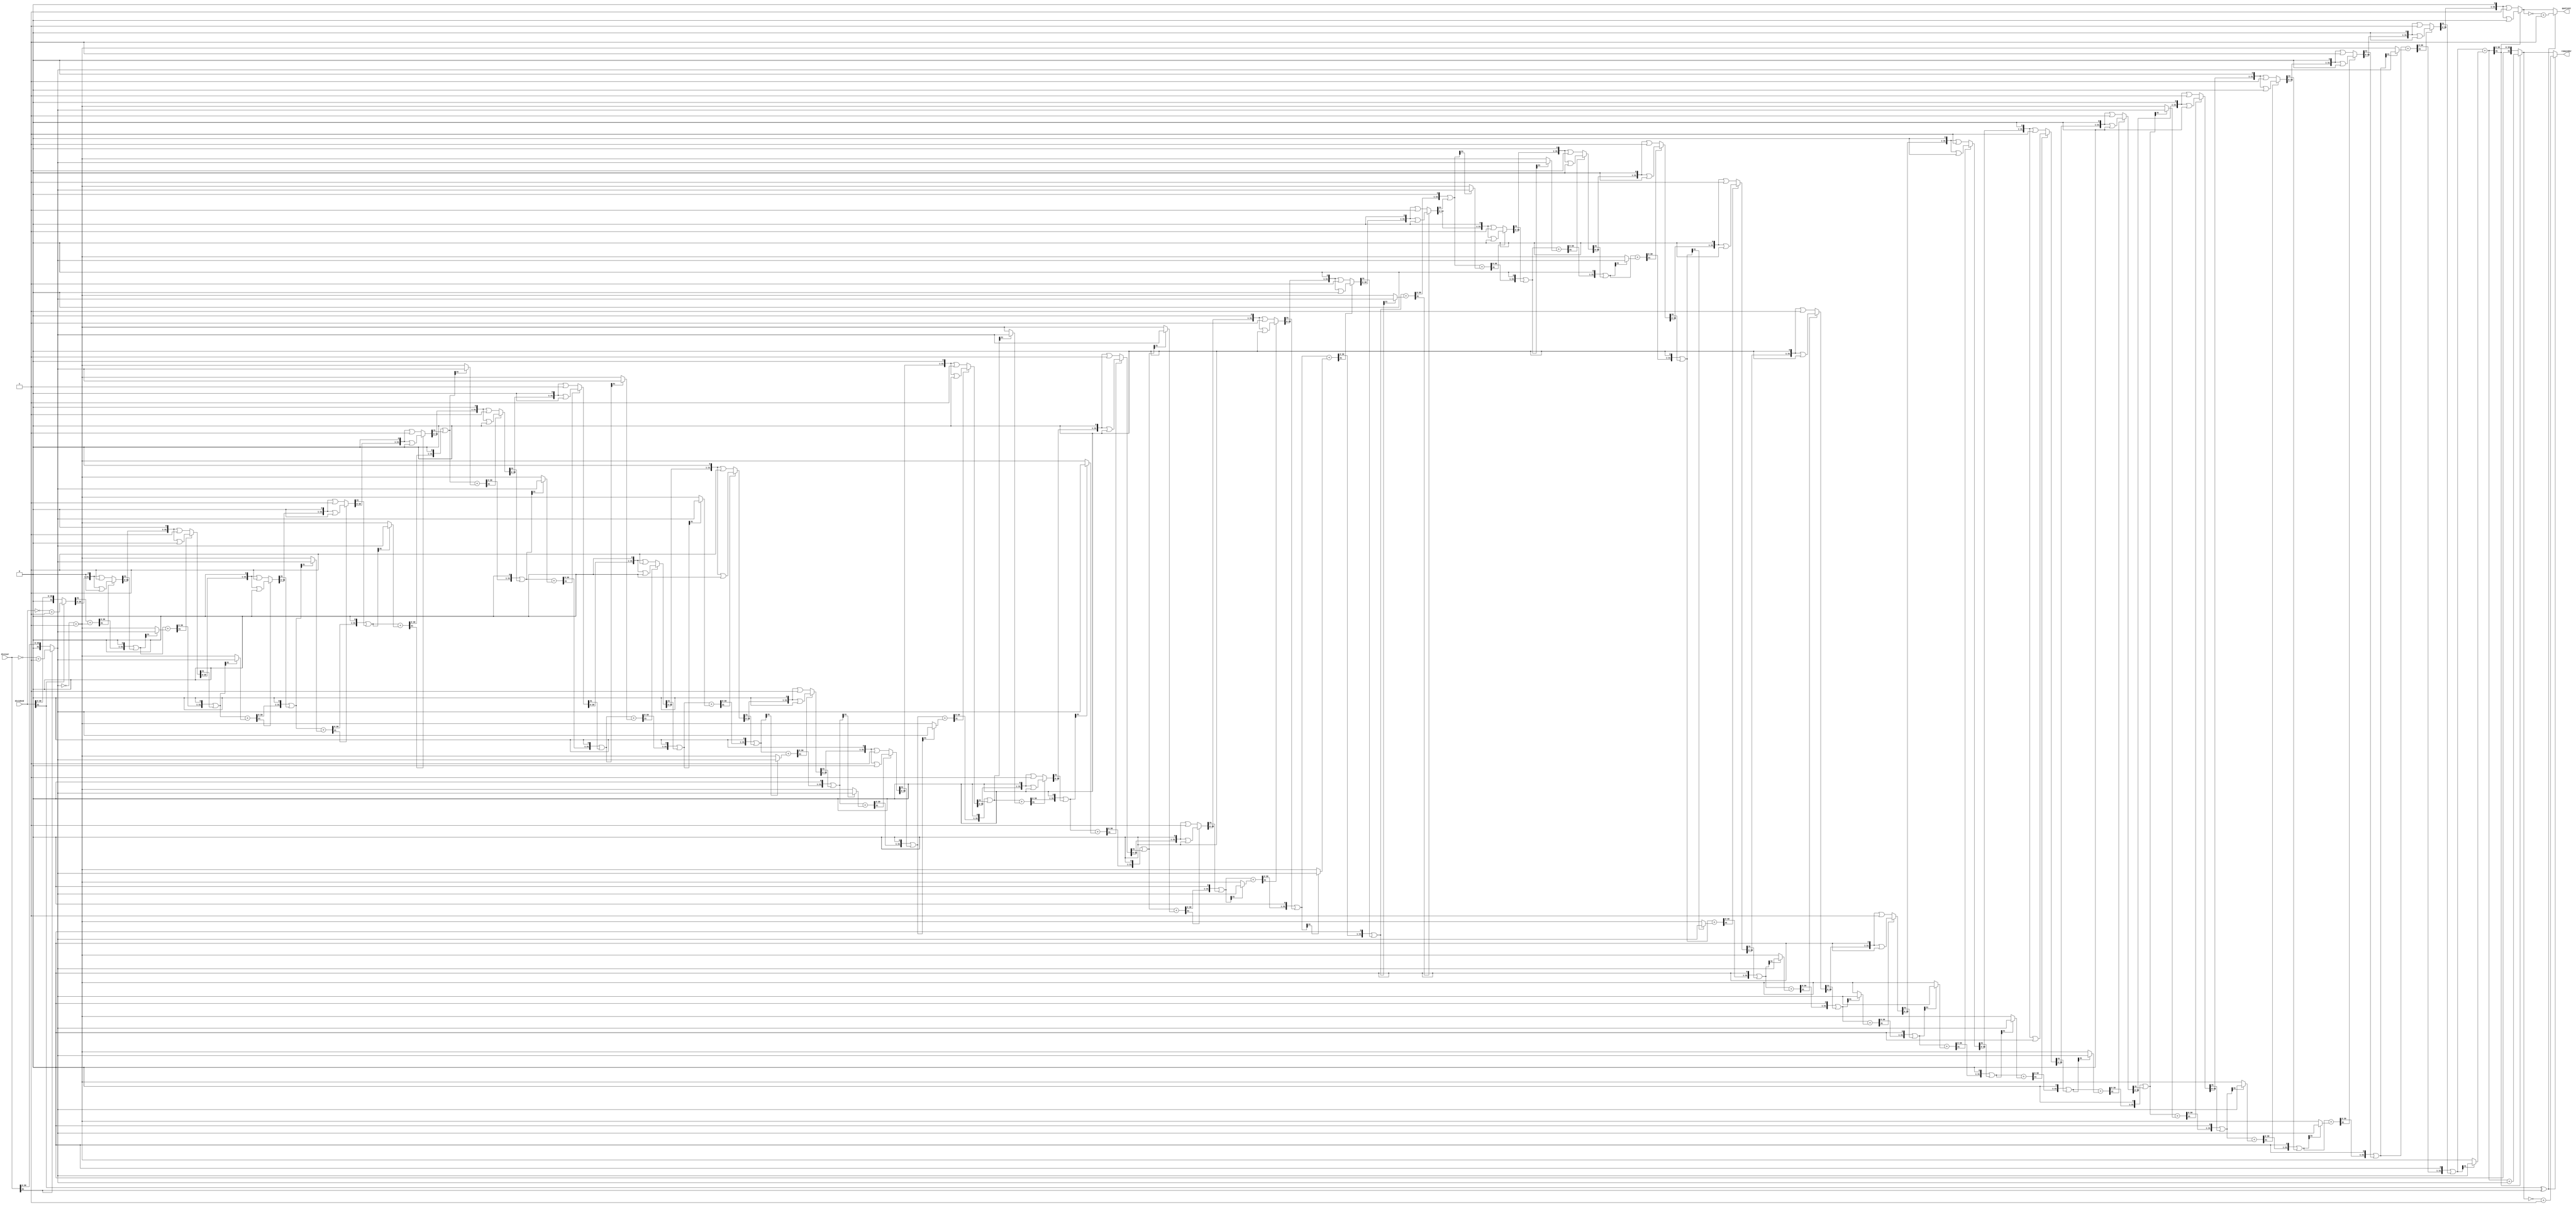
module div_32(input [31:0] dividend, divisor, output reg [31:0] remainder, quotient);
reg [31:0] r, q, m, temp;
reg divend_sign, divis_sign;
integer i;
  
always @(*)
begin
  //initialize		
  q = dividend[31] ? ~dividend+1 : dividend;
  m = divisor[31] ? ~divisor+1 : divisor;
  r=0;
  //32 cycles for 32 bits
  for(i = 0; i<32; i = i+1) 
  begin
    //shift left both variables, q's leftmost bit gets carried into r's rightmost after shift
    r = (r << 1);
    r = r | q[31];
    q = q << 1;
    //if r is negative add divisor, if positive subtract
    if(r[31]==1) temp = m;
    else temp = ~m+1;
    //add or subtract is executed accordingly
    r = r+temp;
    //check if r is negative. if positive rightmost bit of q set to 1
    if(r[31]) q = q | 0;
    else q = q | 1;
  end
  // if r negative restore
  if(r[31]) r=r+m;
  quotient <= dividend[31]^divisor[31] ? ~q+1 : q;
  remainder <= dividend[31]^divisor[31] ? ~r+1 : r;
end
endmodule